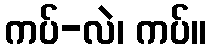
ကပ်-လဲ၊ ကပ်။